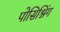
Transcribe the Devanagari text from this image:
पोसिश्निंग